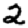
Digit: 2